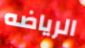
الرياضه